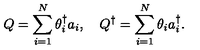
Q = \sum _ { i = 1 } ^ { N } \theta _ { i } ^ { \dagger } a _ { i } , \quad Q ^ { \dagger } = \sum _ { i = 1 } ^ { N } \theta _ { i } a _ { i } ^ { \dagger } .